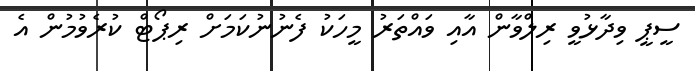
ސީޕީ ވިދާޅުވީ ރިލްވާން އާއި ވައްތަރު މީހަކު ފެނުނުކަމަށް ރިޕޯޓް ކުރެވުމުން އެ